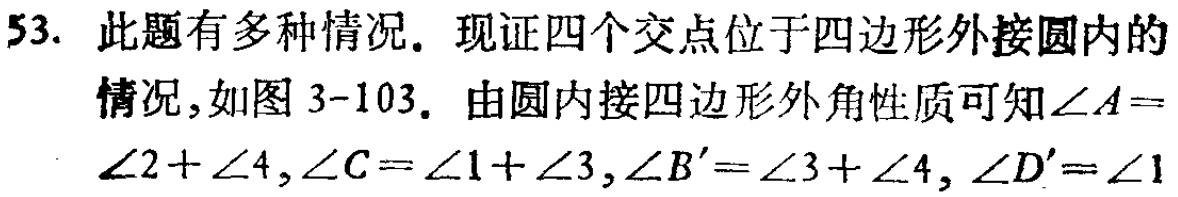
53. 此题有多种情况. 现证四个交点位于四边形外接圆内的情况, 如图 3-103. 由圆内接四边形外角性质可知\(\angle A = \angle 2+\angle 4,\angle C=\angle 1+\angle 3,\angle B'=\angle 3+\angle 4,\angle D'=\angle 1\)